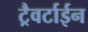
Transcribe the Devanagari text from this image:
ट्रैवर्टाईन